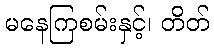
မနေကြစမ်းနှင့်၊ တိတ်